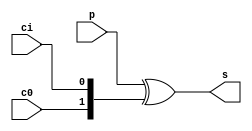
module sum_unit_2bits (p, c0, ci, s);

input [1:0] p;
input ci;
input c0;
output [1:0] s;

assign s = p ^ {c0, ci};

endmodule